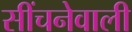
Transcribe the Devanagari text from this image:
सींचनेवाली